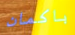
باكمان